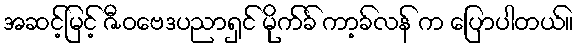
အဆင့်မြင့် ဇီဝဗေဒပညာရှင် မိုက်ခ် ကာ့ခ်လန် က ပြောပါတယ်။